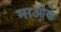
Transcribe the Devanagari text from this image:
माओके